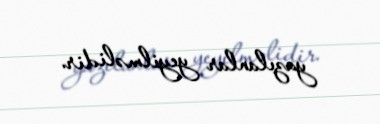
yazılanlar yeyilməlidir.